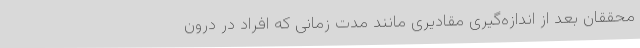
محققان بعد از اندازه‌گیری مقادیری مانند مدت زمانی که افراد در درون